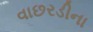
વાછરડીના